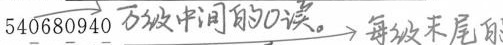
54\underline{0}68\underline{0}94\underline{0} 万级中间的0读。 每级末尾白